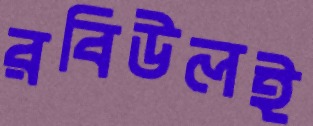
রবিউলই